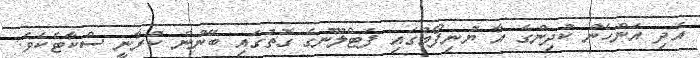
އަދި އަންހެން ކުދިންގެ އާ ޔުނިފޯމުގައި ފަޓްލޫނުގެ ގޮތުގައި ބޭނުން ކުރާނީ ސްކާޓެކެވެ.